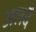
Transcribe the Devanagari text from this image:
अलदै